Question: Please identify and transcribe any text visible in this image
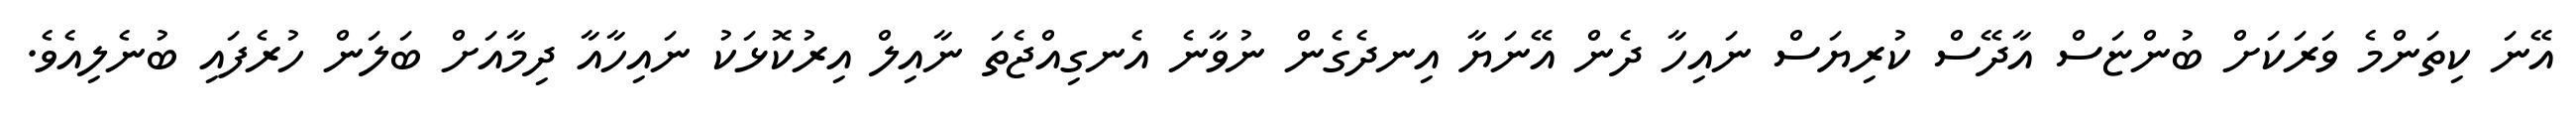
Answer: އޭނަ ކިތަންމެ ވަރަކަށް ބުންޏަސް އާދޭސް ކުރިޔަސް ނައިހާ ދެން އޭނަޔާ އިނދެގެން ނުވާނެ އެނގިއްޖެތަ ނާއިލް އިރުކޮޅަކު ނައިހާއާ ދިމާއަށް ބަލަން ހުރެފައި ބުނެލިއެވެ.